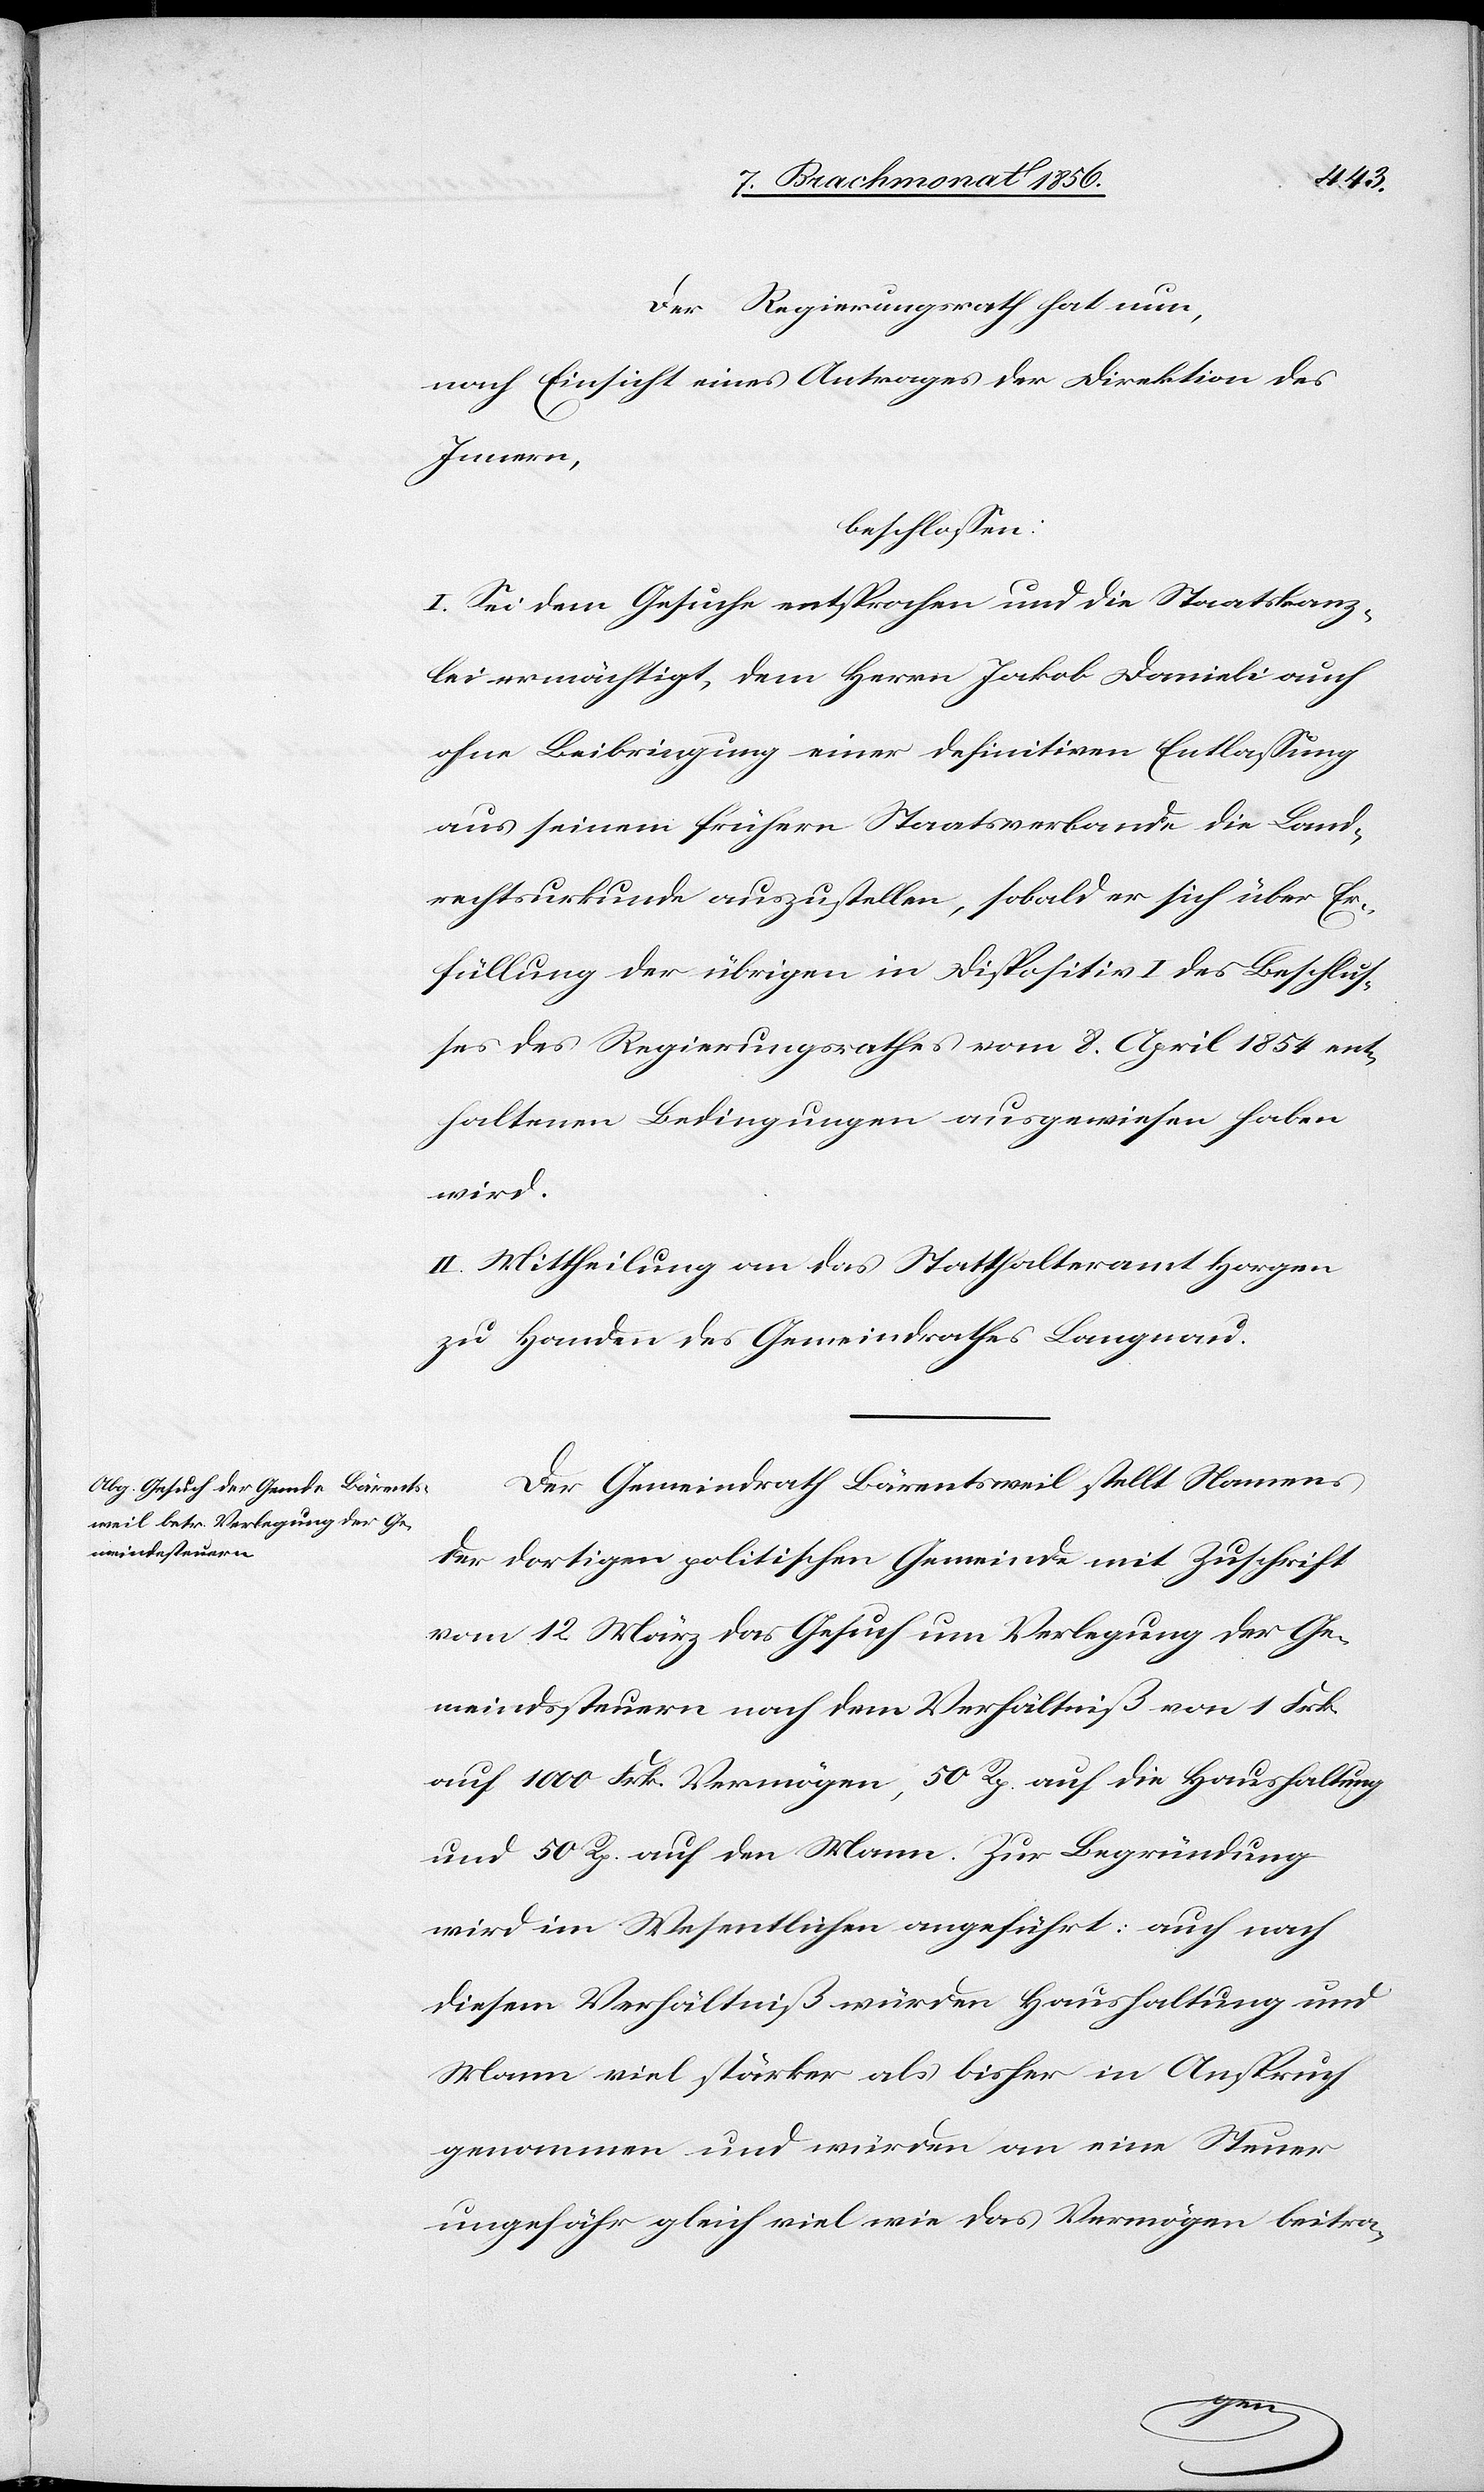
Der Regierungsrath hat nun,
nach Einsicht eines Antrages der Direktion des
Innern,
beschlossen:
I. Sei dem Gesuche entsprochen und die Staatskanz¬
lei ermächtigt, dem Herrn Jakob Danieli auch
ohne Beibringung einer definitiven Entlassung
aus seinem frühern Staatsverbande die Land¬
rechtsurkunde auszustellen, sobald er sich über Er¬
füllung der übrigen in Dispositiv I des Beschlus¬
ses des Regierungsrathes vom 8. April 1854 ent¬
haltenen Bedingungen ausgewiesen haben
wird.
II. Mittheilung an das Statthalteramt Horgen
zu Handen des Gemeindrathes Langnau.
Der Gemeindrath Bärentsweil stellt Namens
der dortigen politischen Gemeinde mit Zuschrift
vom 12 März das Gesuch um Verlegung der Ge¬
meindssteuern nach dem Verhältniß von 1 Frk.
auf 1000 Frk. Vermögen, 50 Rp. auf die Haushaltung
und 50 Rp. auf den Mann. Zur Begründung
wird im Wesentlichen angeführt: auch nach
diesem Verhältniß würden Haushaltung und
Mann viel stärker als bisher in Anspruch
genommen und würden an eine Steuer
ungefähr gleich viel wie das Vermögen beitra-